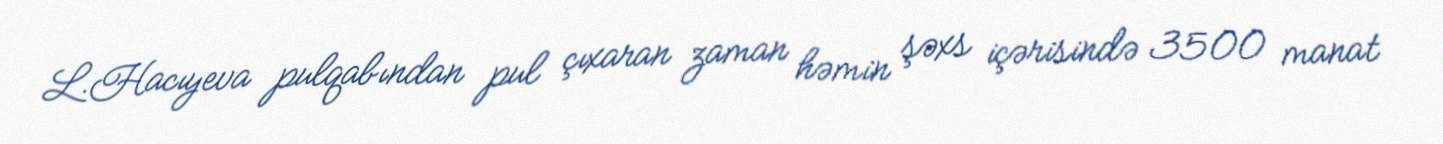
L.Hacıyeva pulqabından pul çıxaran zaman həmin şəxs içərisində 3500 manat